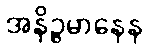
အနိဉ္ဇမာနေန